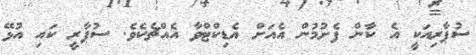
ސުޕާރިއަކީ އެ ކާން ފެށުމުން އެއަށް އެޑިކްޓްވާ އެއްޗެކެވެ. ސުޕާރީ ކައި އުޅޭ